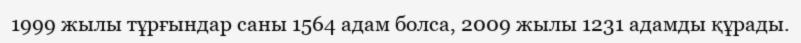
1999 жылы тұрғындар саны 1564 адам болса, 2009 жылы 1231 адамды құрады.